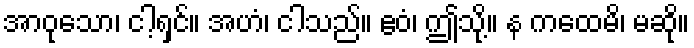
အာဝုသော၊ ငါ့ရှင်။ အဟံ၊ ငါသည်။ ဧဝံ၊ ဤသို့။ န ကထေမိ၊ မဆို။